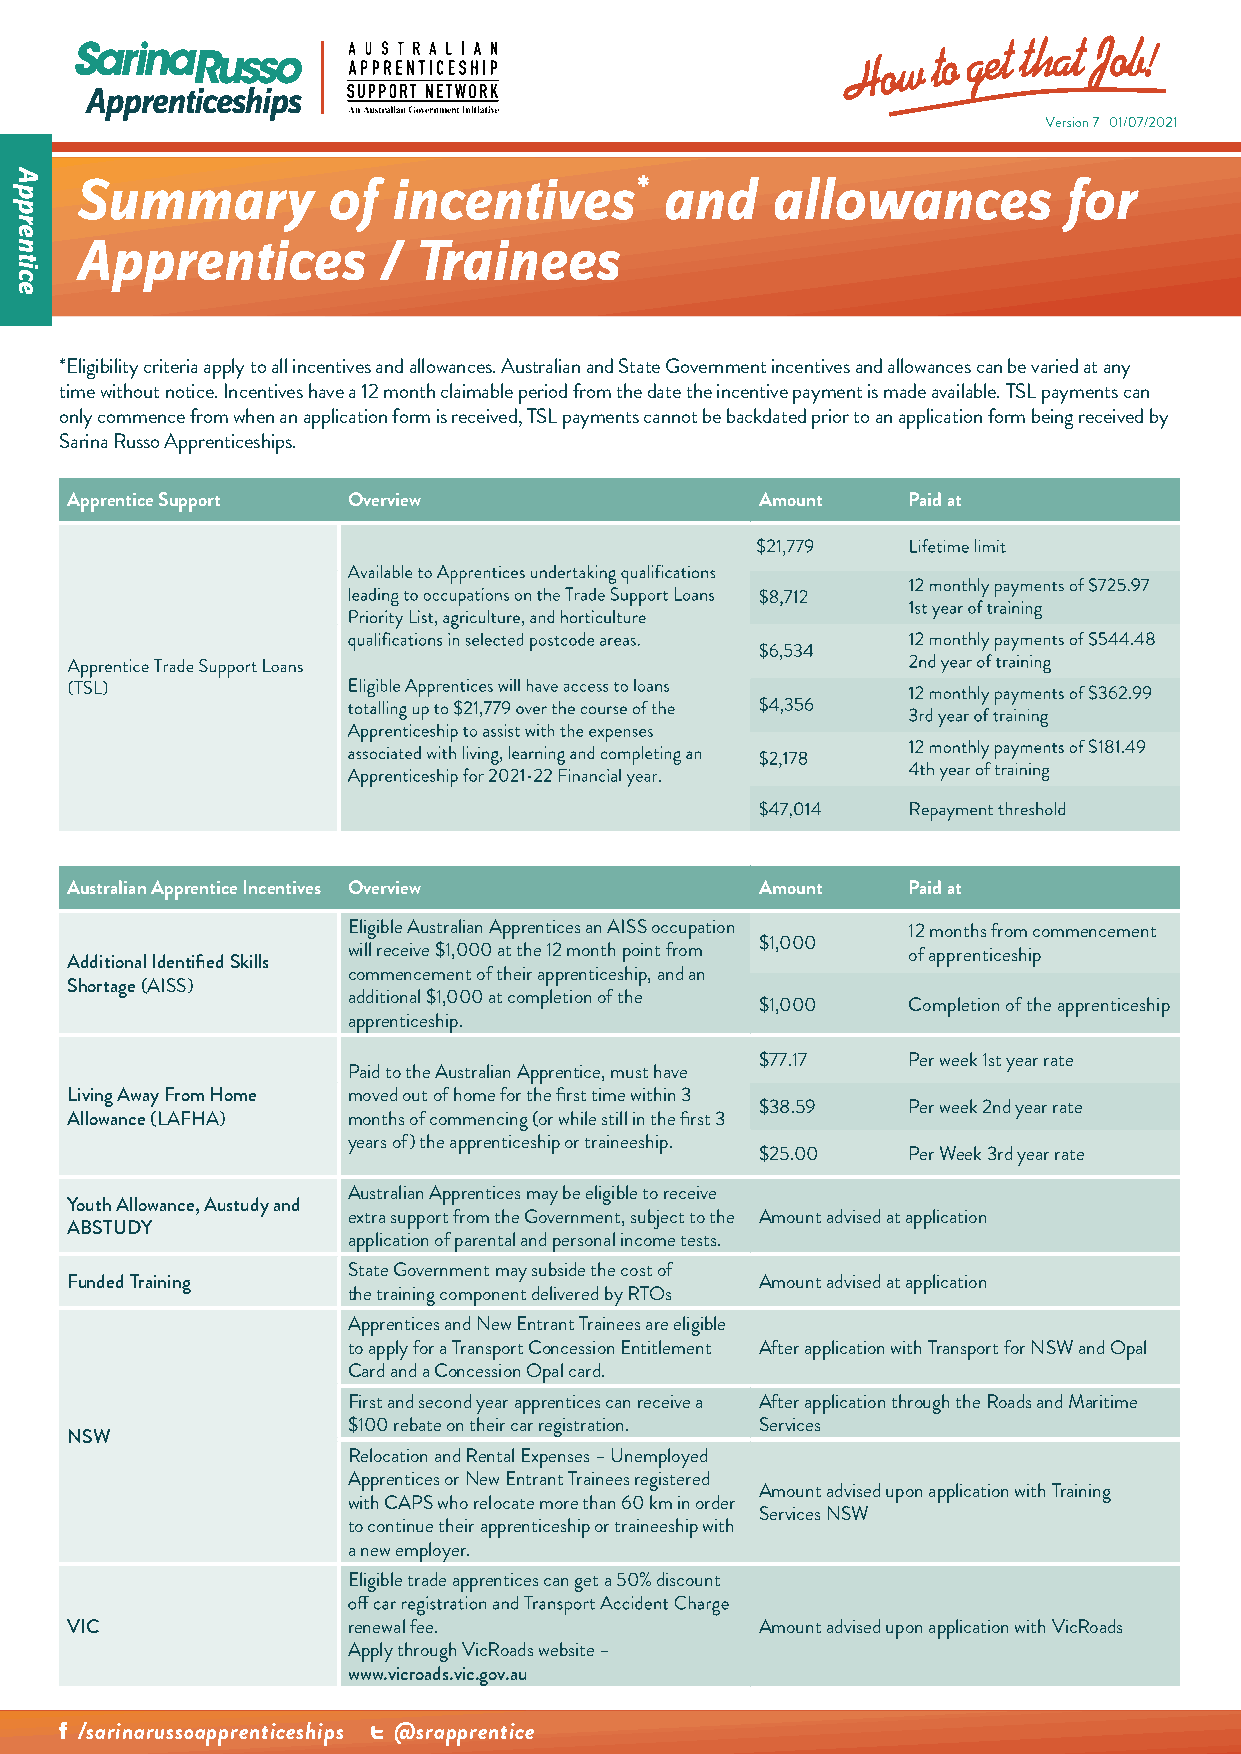
Summary          of  incentives*       and    allowances         for
 Apprentices         / Trainees
 *Eligibility criteria apply to all incentives and allowances. Australian and State Government incentives and allowances can be varied at any
 time without notice. Incentives have a 12 month claimable period from the date the incentive payment is made available. TSL payments can
 only commence from when an application form is received, TSL payments cannot be backdated prior to an application form being received by
 Sarina Russo Apprenticeships.
 Apprentice Support Overview                   Amount    Paid at
 Australian Apprentice Incentives Overview     Amount    Paid at
 Eligible Australian Apprentices an AISS occupation 12 months from commencement
 $1,000
 will receive $1,000 at the 12 month point from of apprenticeship
 Additional Identified Skills
 commencement of their apprenticeship, and an
 Shortage (AISS)
 additional $1,000 at completion of the
 $1,000    Completion of the apprenticeship
 apprenticeship.
 $77.17    Per week 1st year rate
 Paid to the Australian Apprentice, must have
 Living Away From Home moved out of home for the first time within 3
 $38.59    Per week 2nd year rate
 Allowance (LAFHA)  months of commencing (or while still in the first 3
 years of) the apprenticeship or traineeship.
 $25.00    Per Week 3rd year rate
 Australian Apprentices may be eligible to receive
 Youth Allowance, Austudy and
 extra support from the Government, subject to the Amount advised at application
 ABSTUDY
 application of parental and personal income tests.
 State Government may subside the cost of
 Funded Training                               Amount advised at application
 the training component delivered by RTOs
 Apprentices and New Entrant Trainees are eligible
 to apply for a Transport Concession Entitlement After application with Transport for NSW and Opal
 Card and a Concession Opal card.
 First and second year apprentices can receive a After application through the Roads and Maritime
 $100 rebate on their car registration. Services
 NSW
 Relocation and Rental Expenses – Unemployed
 Apprentices or New Entrant Trainees registered
 Amount advised upon application with Training
 with CAPS who relocate more than 60 km in order
 Services NSW
 to continue their apprenticeship or traineeship with
 a new employer.
 Eligible trade apprentices can get a 50% discount
 VIC                renewal fee.               Amount advised upon application with VicRoads
 Apply through VicRoads website –
 www.vicroads.vic.gov.au
 /sarinarussoapprenticeships @srapprentice
 Apprentice